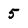
Character: 5